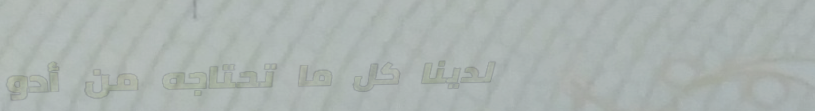
لدينا كل ما تحتاجه من أدو